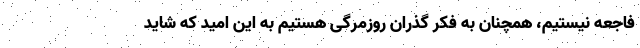
فاجعه نیستیم، همچنان به فکر گذران روزمرگی هستیم به این امید که شاید